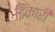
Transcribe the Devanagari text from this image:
टिकारी